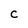
Character: C